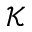
\mathcal { K }